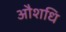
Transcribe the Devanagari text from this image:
औशधि